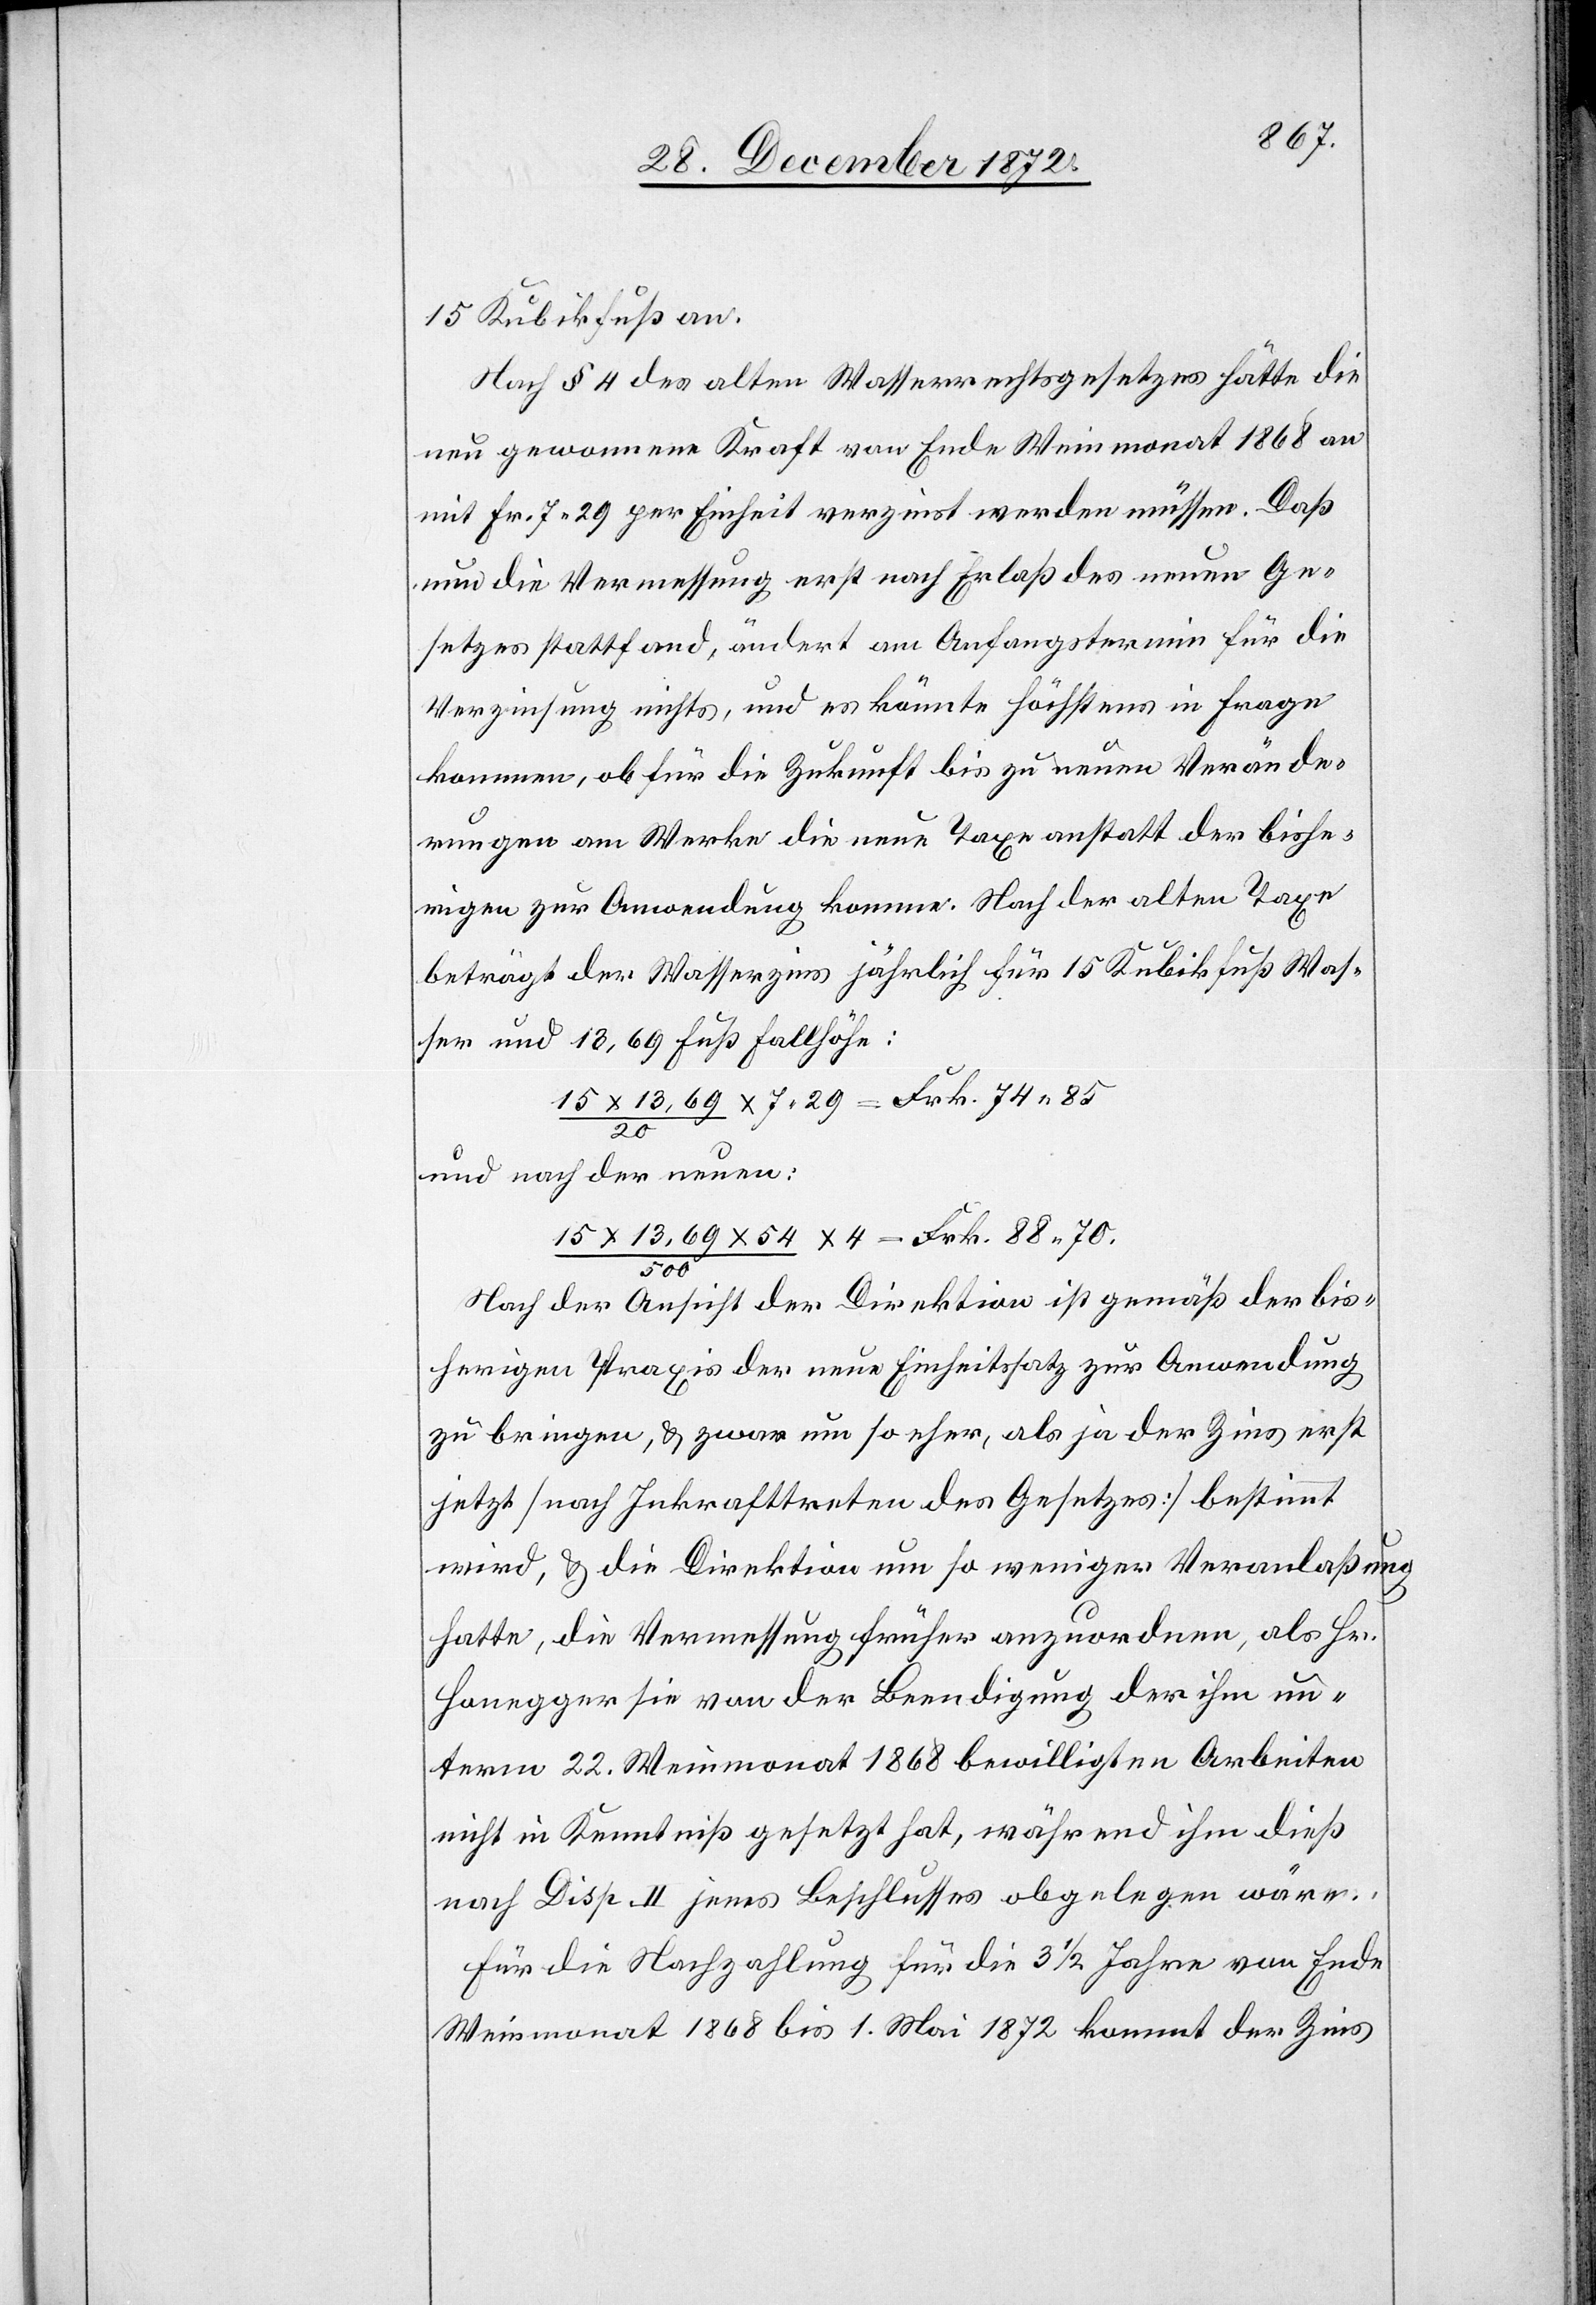
15 Kubikfuß an.
Nach § 4 des alten Wasserrechtsgesetzes hätte die
neu gewonnene Kraft von Ende Weinmonat 1868 an
mit Fr. 7 29 per Einheit verzinst werden müssen. Daß
nun die Vermessung erst nach Erlaß des neuen Ge¬
setzes stattfand, ändert am Anfangstermin für die
Verzinsung nichts, und es könnte höchstens in Frage
kommen, ob für die Zukunft bis zu neuen Verände¬
rungen am Werke die neue Taxe anstatt der bishe¬
rigen zur Anwendung komme. Nach der alten Taxe
beträgt der Wasserzins jährlich für 15 Kubikfuß Was¬
ser und 13,69 Fuß Fallhöhe:
15 x 13,69 / 20 x 7 29 = Frk. 74 85
und nach der neuen:
15 x 13,69 x 54 / 500 x 4 = Frk. 88 70.
Nach der Ansicht der Direktion ist gemäß der bis¬
herigen Praxis der neue Einheitssatz zur Anwendung
zu bringen, u. zwar um so eher, als ja der Zins erst
jetzt [nach Inkrafttreten des Gesetzes] bestimmt
wird, u. die Direktion um so weniger Veranlaßung
hatte, die Vermessung früher anzuordnen, als Hr.
Honegger sie von der Beendigung der ihm un¬
term 22. Weinmonat 1868 bewilligten Arbeiten
nicht in Kenntniß gesetzt hat, während ihm dieß
nach Disp. II jenes Beschlusses obgelegen wäre.
Für die Nachzahlung für die 3 1/2 Jahre von Ende
Weinmonat 1868 bis 1. Mai 1872 kommt der Zins